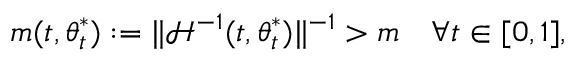
m ( t , { \boldsymbol { \theta } } _ { t } ^ { * } ) : = \lVert \mathcal { H } ^ { - 1 } ( t , { \boldsymbol { \theta } } _ { t } ^ { * } ) \rVert ^ { - 1 } > m \quad \forall t \in [ 0 , 1 ] ,